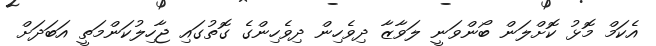
އެކަމް މޮޅު ކޮށްލަން ބޯންވަނީ ލަވާޒާ ދިވެހިން ދިވެހިންގެ ގޮތުގައި ޖާހިލުކަންމަތީ އަބަދަށް